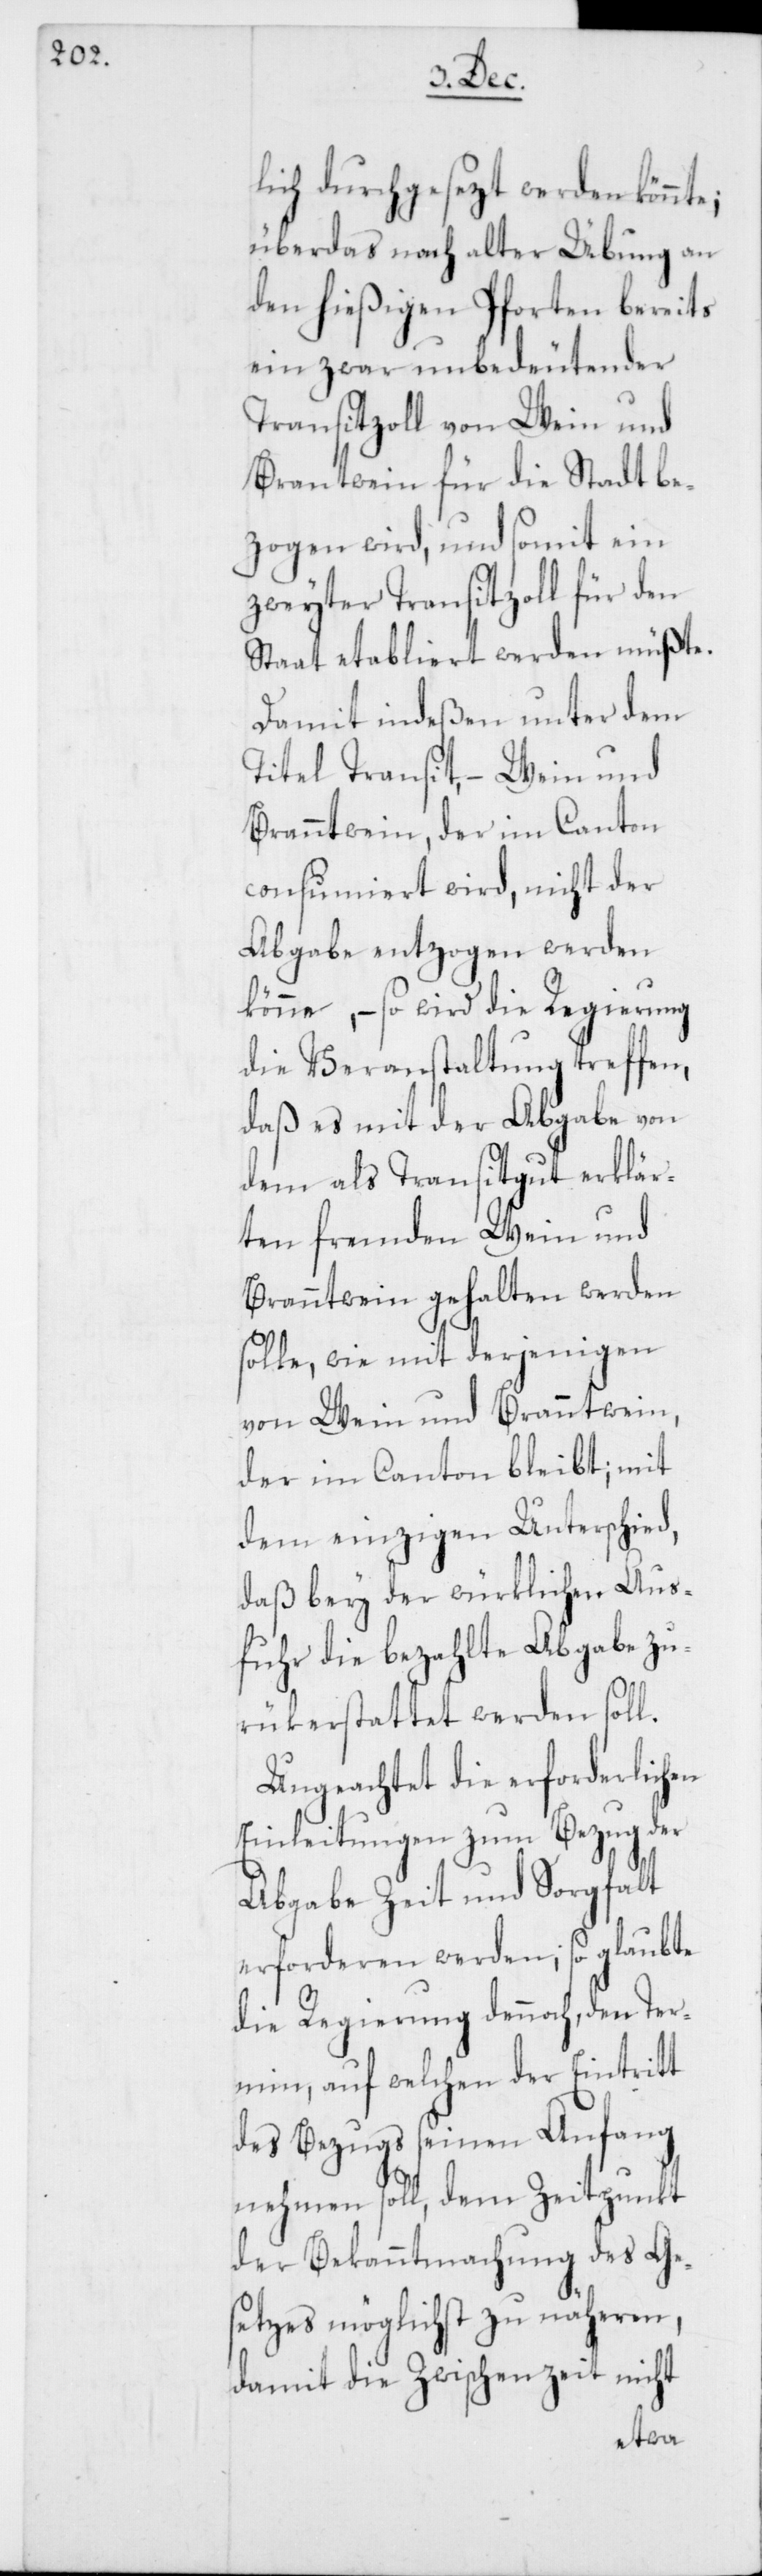
lich durchgesezt werden könnt¬
überdas nach alter Übung an
den hießigen Pforten bereits
ein zwar unbedeutender
Transitzoll von Wein und
Brantwein für die Stadt be¬
zogen wird, und somit ein
zweyter Transitzoll für den
Staat etabliert werden müßte.
Damit indeßen unter dem
Titel Transit, – Wein und
Branntwein, der im Canton
consumiert wird, nicht der
Abgabe entzogen werden
könne, – so wird die Regierung
die Veranstaltung treffen,
daß es mit der Abgabe von
dem als Transitgut erklär¬
ten fremden Wein und
Branntwein gehalten werden
solle, wie mit derjenigen
von Wein und Branntwein,
der im Canton bleibt; mit
dem einzigen Unterschied,
daß bey der würklichen Aus¬
fuhr die bezahlte Abgabe zu¬
rükerstattet werden soll.
Ungeachtet die erforderlichen
Einleitungen zum Bezug der
Abgabe Zeit und Sorgfalt
erforderen werden; so glaubte
die Regierung dennoch, den Ter¬
min, auf welchen der Eintritt
des Bezugs seinen Anfang
nehmen soll, dem Zeitpunkt
der Bekanntmachung des Ge¬
setzes möglichst zu näheren,
damit die Zwischenzeit nicht
e;